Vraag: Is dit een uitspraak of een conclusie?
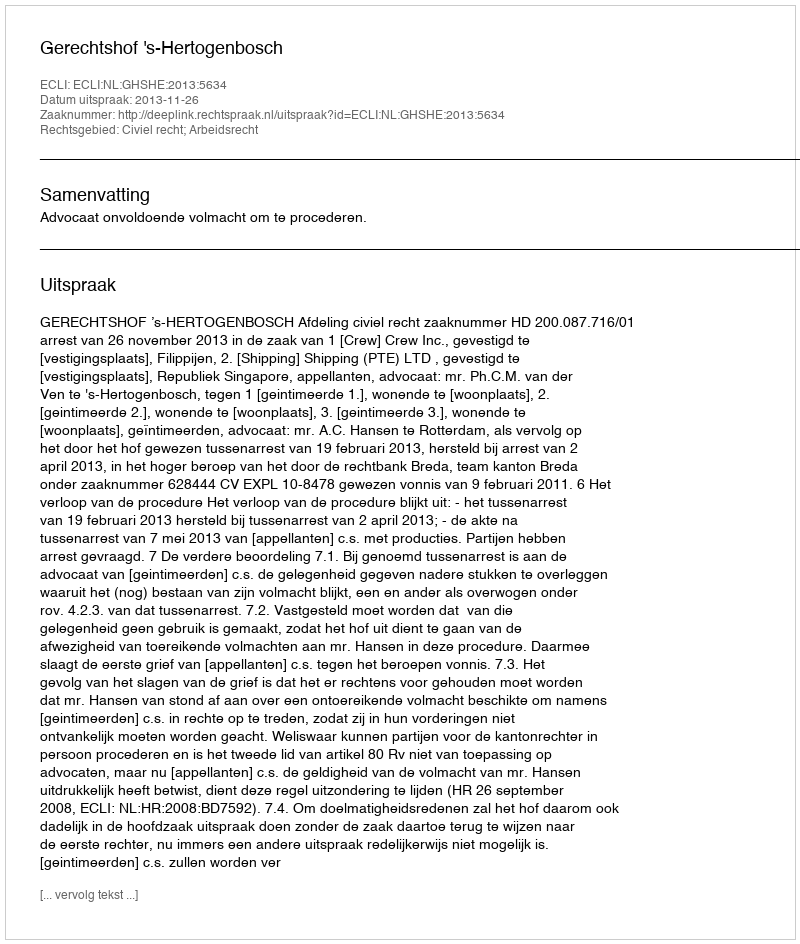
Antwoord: Uitspraak